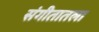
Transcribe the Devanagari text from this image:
संगीतातला